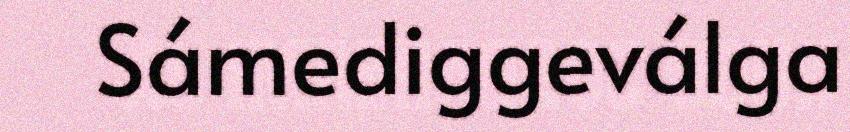
Sámediggeválga